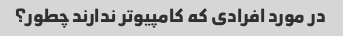
در مورد افرادی که کامپیوتر ندارند چطور؟